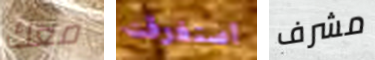
معك استغرقت مشرف